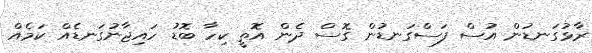
ރާޅުގަނޑުން އުސް ފަސްގަނޑުން ގޮސް ދެން އޮތީ ކިހާ ބޮޑު ހައިޖާނުގަނޑެއް ކަމެއް